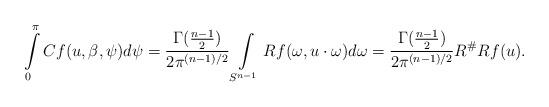
LaTeX: \begin{align*} \int\limits_0^\pi Cf(u,\beta,\psi)d\psi=\frac{\Gamma(\frac{n-1}{2})}{2\pi^{(n-1)/2}}\int\limits_{S^{n-1}}Rf(\omega, u\cdot \omega)d\omega=\frac{\Gamma(\frac{n-1}{2})}{2\pi^{(n-1)/2}}R^\# Rf(u). \end{align*}